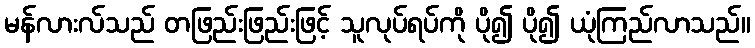
မန်လားလ်သည် တဖြည်းဖြည်းဖြင့် သူလုပ်ရပ်ကို ပို၍ ပို၍ ယုံကြည်လာသည်။